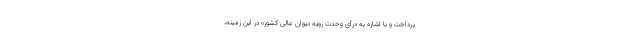
پرداخت و با اشاره به «رأی وحدت رویه دیوان عالی کشور» در این زمینه،